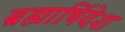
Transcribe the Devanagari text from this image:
ब्रह्मार्षिदेश